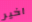
اخير